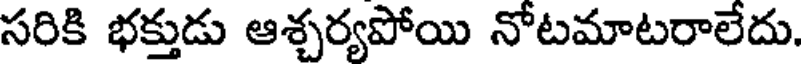
సరికి భక్తుడు ఆశ్చర్యపోయి నోటమాటరాలేదు.